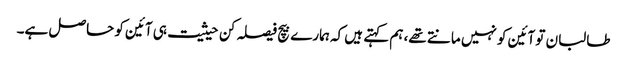
طالبان تو آئین کو نہیں مانتے تھے، ہم کہتے ہیں کہ ہمارے بیچ فیصلہ کن حیثیت ہی آئین کو حاصل ہے۔